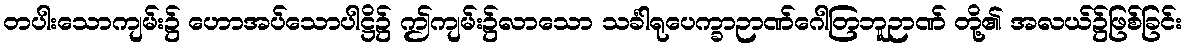
တပါးသောကျမ်း၌ ဟောအပ်သောပါဋ္ဌိ၌ ဤကျမ်း၌လာသော သင်္ခါရုပေက္ခာဉာဏ်ဂေါတြဘူဉာဏ် တို့၏ အလယ်၌ဖြစ်ခြင်း